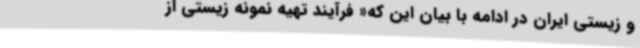
و زیستی ایران در ادامه با بیان این که« فرآیند تهیه نمونه زیستی از